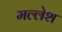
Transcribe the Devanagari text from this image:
मल्लेश